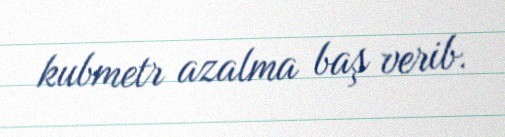
kubmetr azalma baş verib.